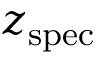
z _ { \mathrm { { s p e c } } }